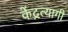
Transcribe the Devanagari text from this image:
केंद्रत्यागी